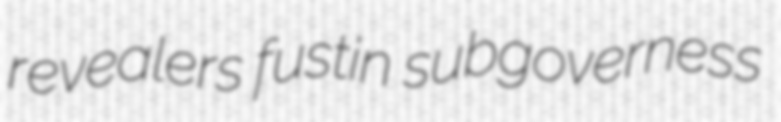
revealers fustin subgoverness